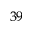
^ { 3 9 }